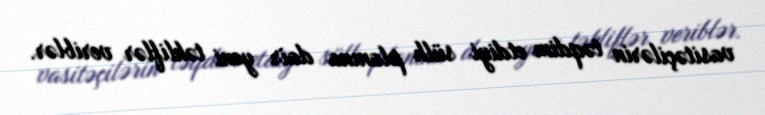
vasitəçilərin təqdim etdiyi sülh planına dair yeni təkliflər veriblər.